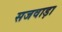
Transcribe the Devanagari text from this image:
सजवाड़ा